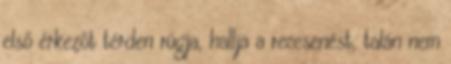
első érkezőt térden rúgja, hallja a reccsenést, talán nem